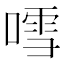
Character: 𠽌